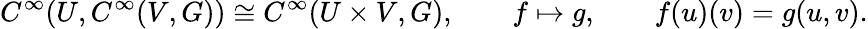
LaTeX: C^{\infty}(U,C^{\infty}(V,G))\cong C^{\infty}(U\times V,G),\qquad f\mapsto g,\qquad f(u)(v)=g(u,v).